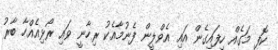
ކޮފީ މަގެއް ހިފައިގެން އައި އެވްލީން ފެނުމާއެކު ރިހާނީ ވައި ރޯޅިއެއްހާ ބާރު